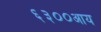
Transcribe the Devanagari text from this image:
६३००आय